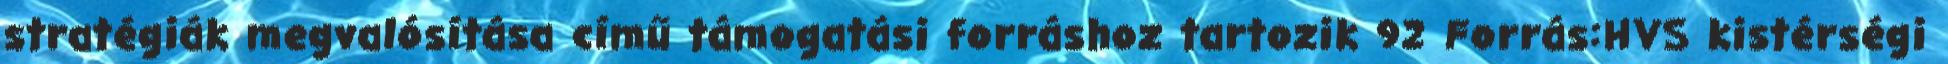
stratégiák megvalósítása című támogatási forráshoz tartozik 92 Forrás:HVS kistérségi